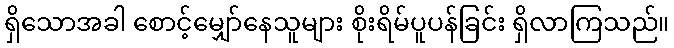
ရှိသောအခါ စောင့်မျှော်နေသူများ စိုးရိမ်ပူပန်ခြင်း ရှိလာကြသည်။